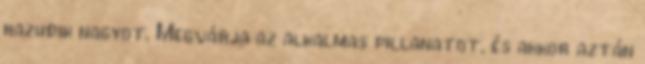
hazudik nagyot. Megvárja az alkalmas pillanatot, és akkor aztán